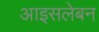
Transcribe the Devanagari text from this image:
आइसलेबन